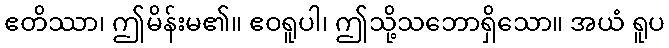
ဧတိဿာ၊ ဤမိန်းမ၏။ ဧဝရူပါ၊ ဤသို့သဘောရှိသော။ အယံ ရူပ